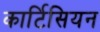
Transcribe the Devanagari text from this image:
कार्टिसियन